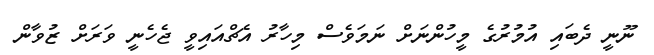
ނޫނީ ދެބައި އުމުރުގެ މީހުންނަށް ނަމަވެސް މިހާރު އެޗްއައިވީ ޖެހެނީ ވަރަށް ޒުވާން